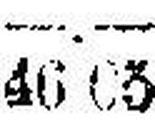
46 05